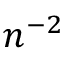
n ^ { - 2 }